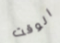
الوقت